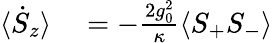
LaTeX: \begin{array}{rl}{\langle\dot{S}_{z}\rangle}&{{}=-\frac{2g_{0}^{2}}{\kappa}\langle S_{+}S_{-}\rangle}\end{array}